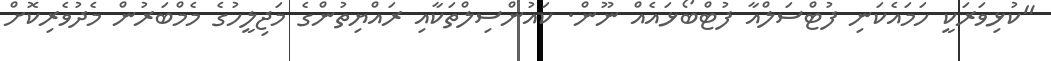
"ކުޅިވަރަކީ ހަމައެކަނި ފުޓްސަލްއާ ފުޓްބޯޅައެއް ނޫން. ކައުންސިލްތަކާއި ރައްޔިތުންގެ މަޖިލީހުގެ މެމްބަރުން މެދުވެރިކޮށް